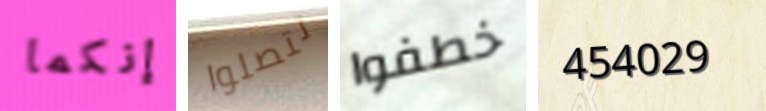
إنكما تتصلوا خطفوا 454029